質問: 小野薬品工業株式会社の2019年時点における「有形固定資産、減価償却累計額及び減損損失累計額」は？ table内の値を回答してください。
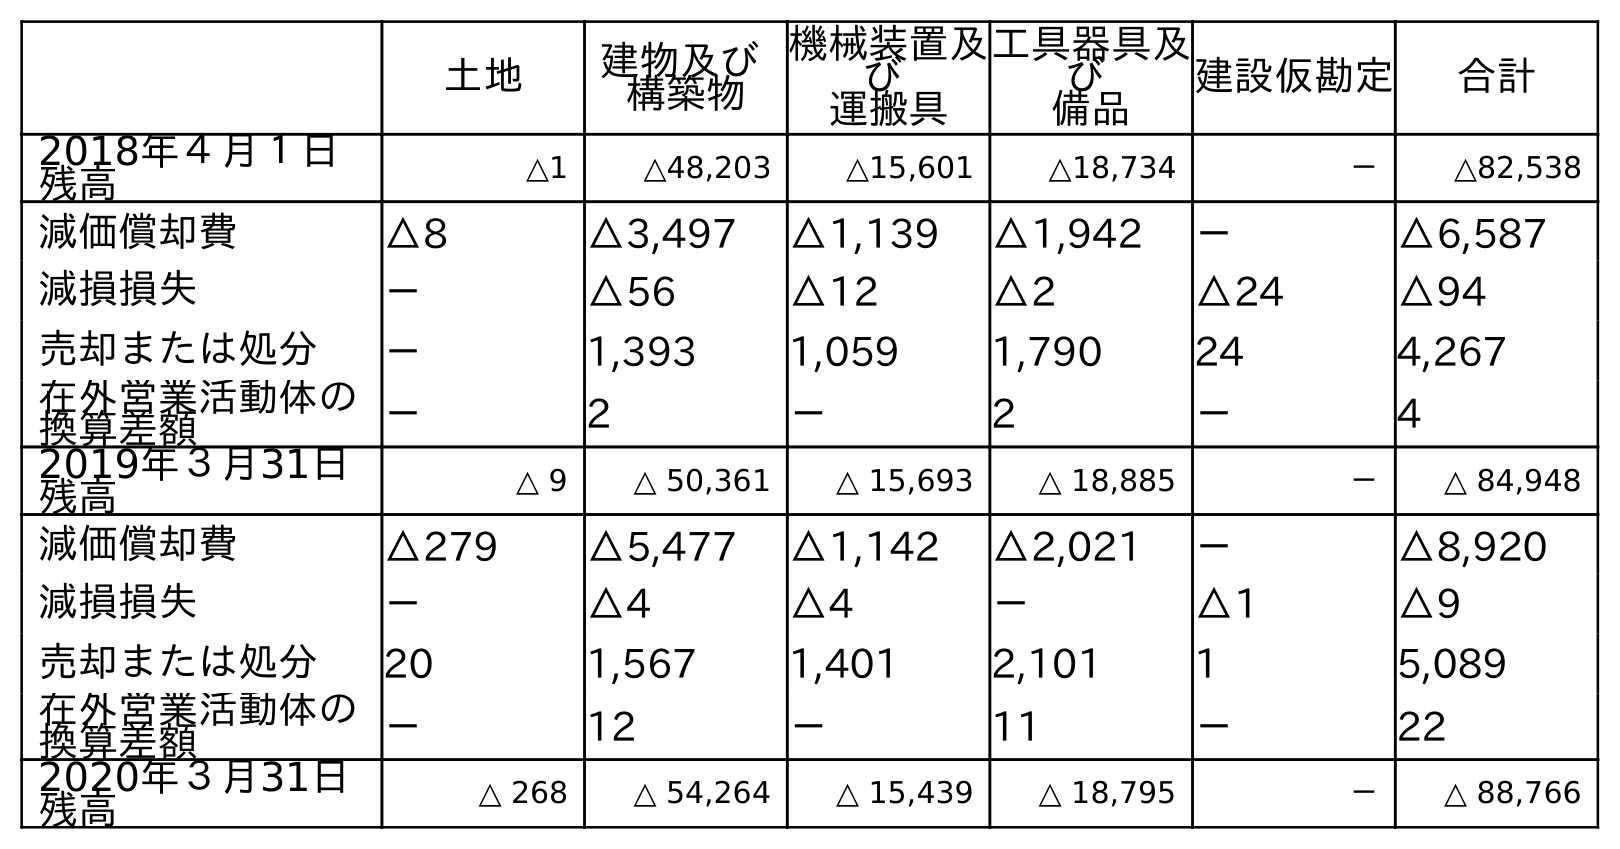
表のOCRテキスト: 土地 建物及び 構築物 機械装置及 び 運搬具 工具器具及 び 備品 建設仮勘定 合計 2018年４月１日 残高 △1 △48,203 △15,601 △18,734 － △82,538 減価償却費 △8 △3,497 △1,139 △1,942 － △6,587 減損損失 － △56 △12 △2 △24 △94 売却または処分 － 1,393 1,059 1,790 24 4,267 在外営業活動体の 換算差額 － 2 － 2 － 4 2019年３月31日 残高 △ 9 △ 50,361 △ 15,693 △ 18,885 － △ 84,948 減価償却費 △279 △5,477 △1,142 △2,021 － △8,920 減損損失 － △4 △4 － △1 △9 売却または処分 20 1,567 1,401 2,101 1 5,089 在外営業活動体の 換算差額 － 12 － 11 － 22 2020年３月31日 残高 △ 268 △ 54,264 △ 15,439 △ 18,795 － △ 88,766
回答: △84,948